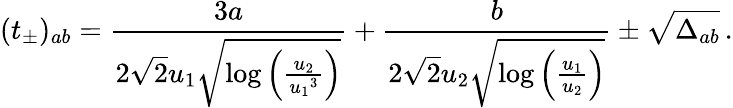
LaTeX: (t_{\pm})_{ab}=\frac{3a}{2\sqrt{2}{u_{1}}\sqrt{\log\left(\frac{{u_{2}}}{{u_{1}}^{3}}\right)}}+\frac{b}{2\sqrt{2}{u_{2}}\sqrt{\log\left(\frac{{u_{1}}}{{u_{2}}}\right)}}\pm\sqrt{\Delta_{ab}}\, .